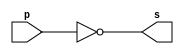
// -------------------------
// Exemplo0002 - NOT 
// Nome:Felipe Pacfico
// ------------------------- 
// ------------------------- 
// -- not gate 
// ------------------------- 
module notgate (output s, 
input p); 
assign s = ~p; 
endmodule // notgate 
// ------------------------- 
// -- test not gate 
// ------------------------- 
module testnotgate; 
// ------------------------- dados locais 
reg a; // definir registrador 
// (variavel independente) 
wire s; // definir conexao (fio) 
// (variavel dependente ) 
// ------------------------- instancia 
notgate NOT1 (s, a); 
// ------------------------- preparacao 
initial begin:start 
a=0; 
end 
// ------------------------- parte principal 
initial begin 
$display("Exemplo0002 - Felipe Pacfico - 389868"); 
$display("Test NOT gate"); 
$display("\n~a = s\n"); 
a=0; 
#1 $display("~%b = %b", a, s); 
a=1; 
#1 $display("~%b = %b", a, s); 
end 
endmodule // testnotgate